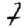
Digit: 1